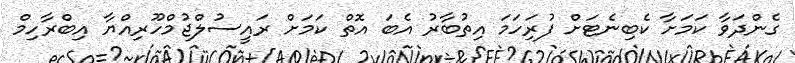
ގެންދަވާ ކަމަށާ ކެބިނެޓަށް ފުރިަހަމަ އިތުބާރު އެބަ އޮތް ކަމަށް ރައީސުލްޖުމްހޫރިއްޔާ އިބްރާހިމް